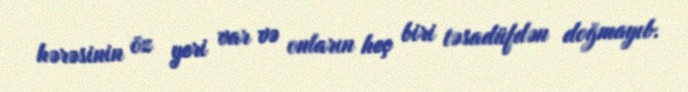
hərəsinin öz yeri var və onların heç biri təsadüfdən doğmayıb.